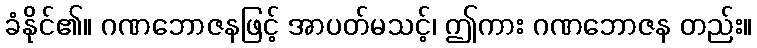
ခံနိုင်၏။ ဂဏဘောဇနဖြင့် အာပတ်မသင့်၊ ဤကား ဂဏဘောဇန တည်း။